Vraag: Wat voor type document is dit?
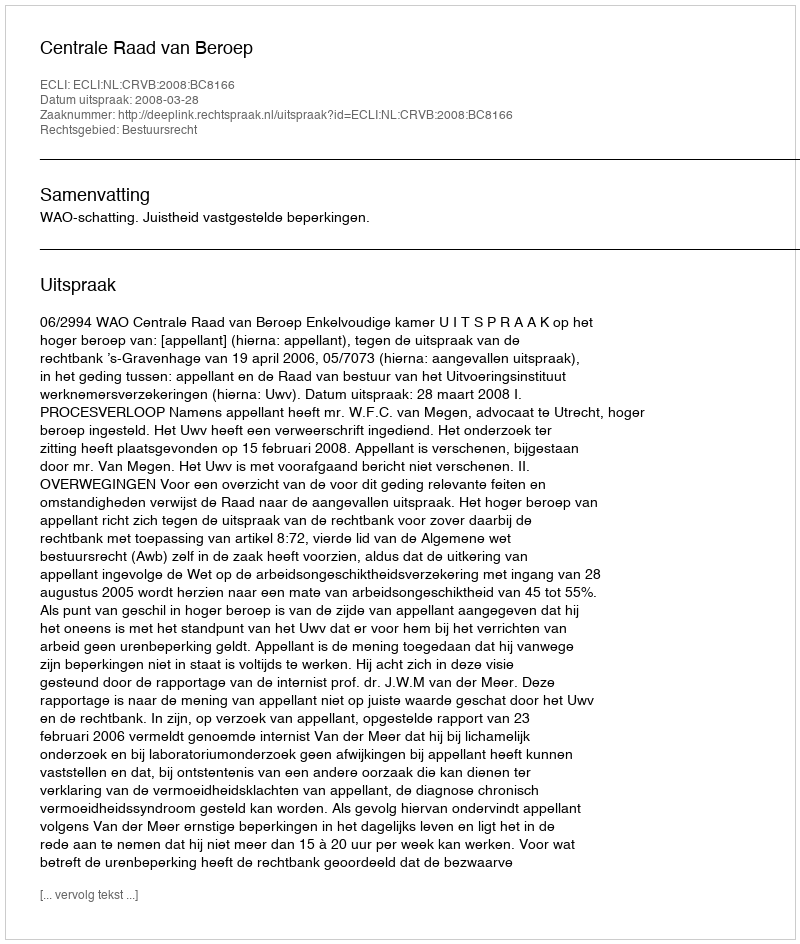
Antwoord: Uitspraak